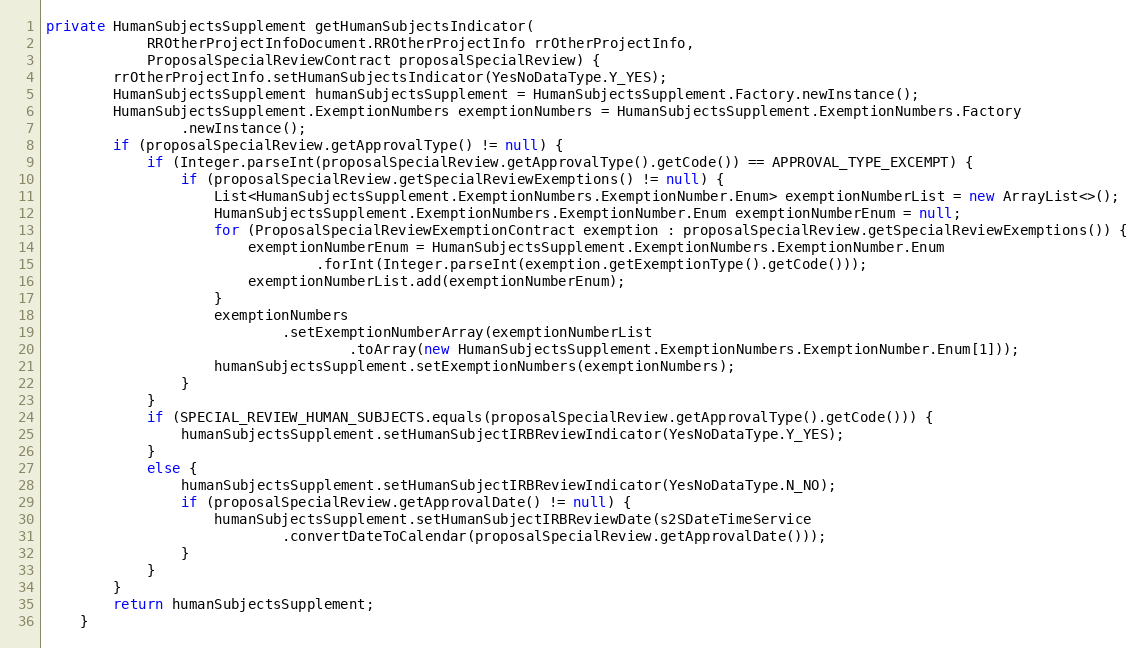
Language: Java
private HumanSubjectsSupplement getHumanSubjectsIndicator(
			RROtherProjectInfoDocument.RROtherProjectInfo rrOtherProjectInfo,
			ProposalSpecialReviewContract proposalSpecialReview) {
		rrOtherProjectInfo.setHumanSubjectsIndicator(YesNoDataType.Y_YES);
		HumanSubjectsSupplement humanSubjectsSupplement = HumanSubjectsSupplement.Factory.newInstance();
		HumanSubjectsSupplement.ExemptionNumbers exemptionNumbers = HumanSubjectsSupplement.ExemptionNumbers.Factory
		        .newInstance();
		if (proposalSpecialReview.getApprovalType() != null) {
		    if (Integer.parseInt(proposalSpecialReview.getApprovalType().getCode()) == APPROVAL_TYPE_EXCEMPT) {
		        if (proposalSpecialReview.getSpecialReviewExemptions() != null) {
		        	List<HumanSubjectsSupplement.ExemptionNumbers.ExemptionNumber.Enum> exemptionNumberList = new ArrayList<>();
					HumanSubjectsSupplement.ExemptionNumbers.ExemptionNumber.Enum exemptionNumberEnum = null;
		        	for (ProposalSpecialReviewExemptionContract exemption : proposalSpecialReview.getSpecialReviewExemptions()) {
						exemptionNumberEnum = HumanSubjectsSupplement.ExemptionNumbers.ExemptionNumber.Enum
								.forInt(Integer.parseInt(exemption.getExemptionType().getCode()));
						exemptionNumberList.add(exemptionNumberEnum);
					}
					exemptionNumbers
							.setExemptionNumberArray(exemptionNumberList
									.toArray(new HumanSubjectsSupplement.ExemptionNumbers.ExemptionNumber.Enum[1]));
		            humanSubjectsSupplement.setExemptionNumbers(exemptionNumbers);
		        }
		    }
		    if (SPECIAL_REVIEW_HUMAN_SUBJECTS.equals(proposalSpecialReview.getApprovalType().getCode())) {
		        humanSubjectsSupplement.setHumanSubjectIRBReviewIndicator(YesNoDataType.Y_YES);
		    }
		    else {
		        humanSubjectsSupplement.setHumanSubjectIRBReviewIndicator(YesNoDataType.N_NO);
		        if (proposalSpecialReview.getApprovalDate() != null) {
		            humanSubjectsSupplement.setHumanSubjectIRBReviewDate(s2SDateTimeService
		                    .convertDateToCalendar(proposalSpecialReview.getApprovalDate()));
		        }
		    }
		}
		return humanSubjectsSupplement;
	}